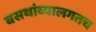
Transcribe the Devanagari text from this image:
बसथांब्यालगतच